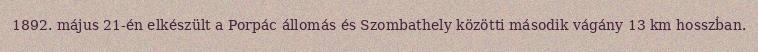
1892. május 21-én elkészült a Porpác állomás és Szombathely közötti második vágány 13 km hosszban.